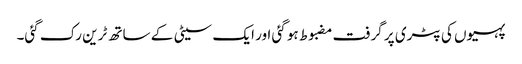
پہیوں کی پٹری پر گرفت مضبوط ہو گئی اور ایک سیٹی کے ساتھ ٹرین رک گئی۔